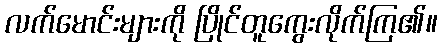
လက်မောင်းများကို ပြိုင်တူကွေးလိုက်ကြ၏။